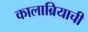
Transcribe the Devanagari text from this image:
कालाब्रियाची